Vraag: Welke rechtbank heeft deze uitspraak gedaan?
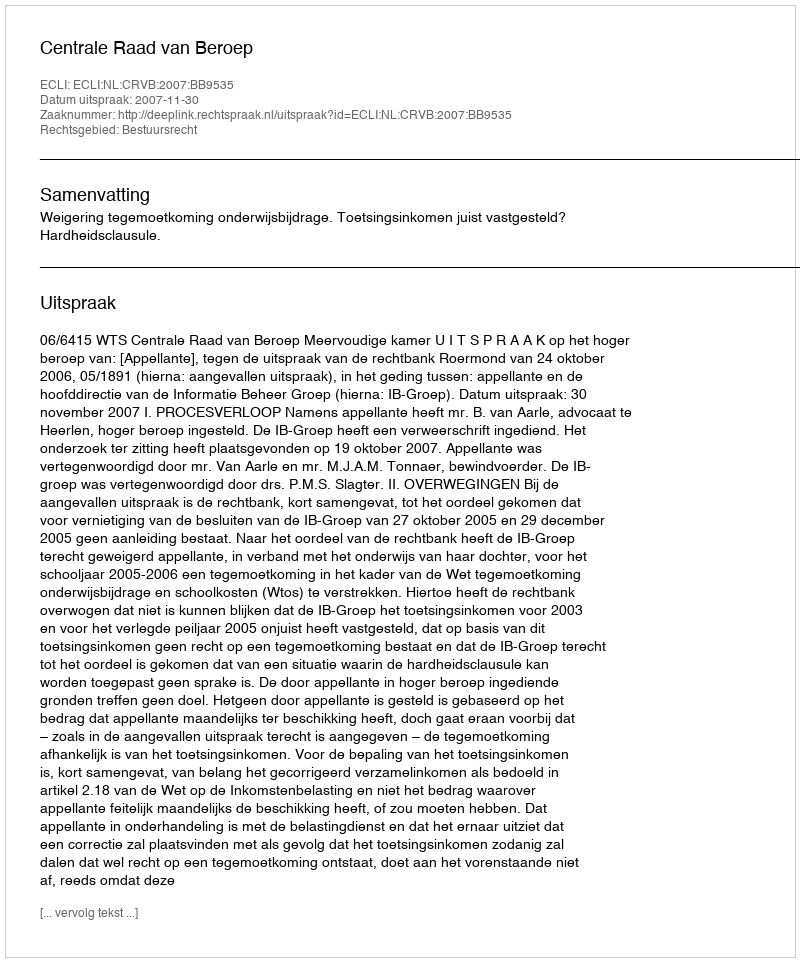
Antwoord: Centrale Raad van Beroep